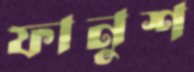
ফানুশ